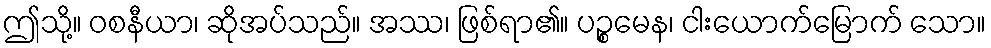
ဤသို့။ ဝစနီယာ၊ ဆိုအပ်သည်။ အဿ၊ ဖြစ်ရာ၏။ ပဉ္စမေန၊ ငါးယောက်မြောက် သော။